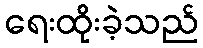
ရေးထိုးခဲ့သည်